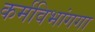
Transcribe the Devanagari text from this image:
कर्मविभांगगा